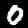
Label: 0